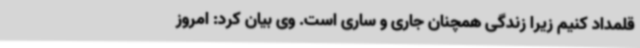
قلمداد کنیم زیرا زندگی همچنان جاری و ساری است. وی بیان کرد: امروز